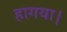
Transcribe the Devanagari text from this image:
हागया।